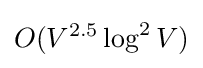
O(V^{2.5}\log ^{2}{V})